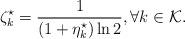
LaTeX: \begin{align*} \zeta_k^{\star}=\frac{1}{(1+\eta_k^{\star})\ln 2}, \forall k \in \mathcal{K}.\end{align*}